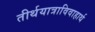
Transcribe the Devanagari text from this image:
तीर्थयात्राविवाहार्थ